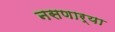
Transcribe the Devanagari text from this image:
नसणार्या